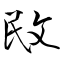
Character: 敃